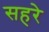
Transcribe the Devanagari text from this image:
सहरे